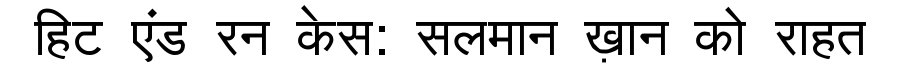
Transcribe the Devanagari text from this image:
हिट एंड रन केस: सलमान ख़ान को राहत